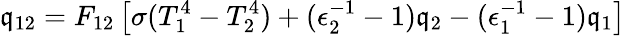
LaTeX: \mathfrak{q}_{12}=F_{12}\left[\sigma(T_{1}^{4}-T_{2}^{4})+(\epsilon_{2}^{-1}-1)\mathfrak{q}_{2}-(\epsilon_{1}^{-1}-1)\mathfrak{q}_{1}\right]